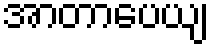
အာတာပေယျ